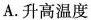
A.升高温度